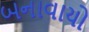
બનાવાયો